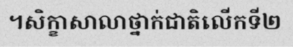
។សិក្ខាសាលាថ្នាក់ជាតិលើកទី២